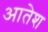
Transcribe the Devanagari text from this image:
आतेश